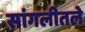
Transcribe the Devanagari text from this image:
सांगलीतले